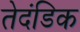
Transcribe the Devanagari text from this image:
तेदंडिक